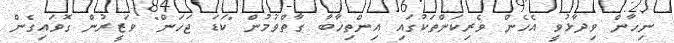
ނިހާން ވިދާޅުވީ އެހެން ވެރިކަންތަކުގައި އިންތިޚާބާ ގާތްވުމުން "ކަޑަ ޖަހަން" ވަޒީރުން ގޮވައިގެން